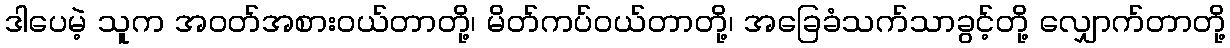
ဒါပေမဲ့ သူက အဝတ်အစားဝယ်တာတို့၊ မိတ်ကပ်ဝယ်တာတို့၊ အခြေခံသက်သာခွင့်တို့ လျှောက်တာတို့